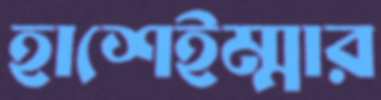
হাশেইম্মার